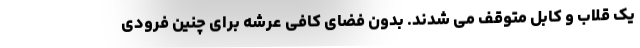
یک قلاب و کابل متوقف می شدند. بدون فضای کافی عرشه برای چنین فرودی